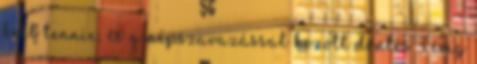
kell tennie, és a népszavazással hozott döntés 3 évig